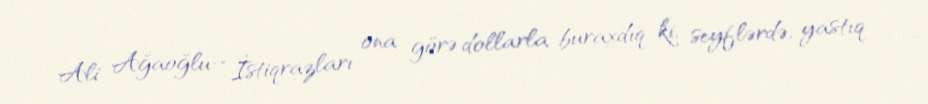
Ali Ağaoğlu: “İstiqrazları ona görə dollarla buraxdıq ki, seyflərdə, yastıq